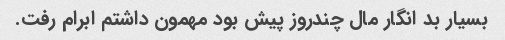
بسیار بد انگار مال چندروز پیش بود مهمون داشتم ابرام رفت.